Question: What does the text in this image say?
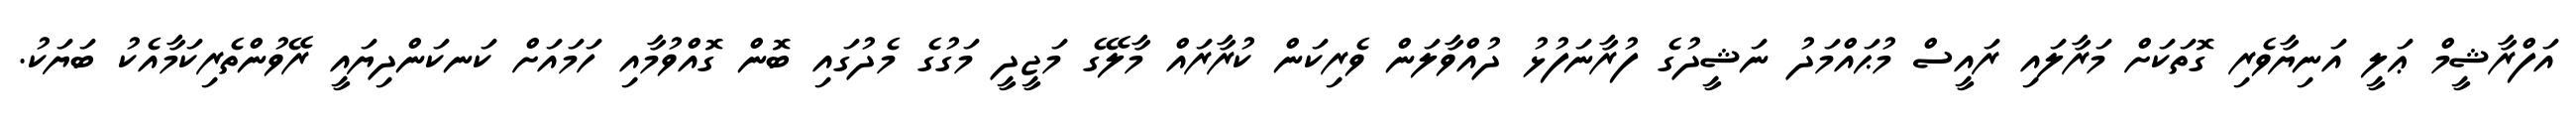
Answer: އަފްރާޝީމް ޢަލީ އަނިޔާވެރި ގޮތަކަށް މަރާލައި ރައީސް މުޙައްމަދު ނަޝީދުގެ ފުރާނަފުޅު ދުއްވާލަން ވެރިކަން ކުރާރައް މާލޭގެ މަޖީދީ މަގުގެ މެދުގައި ބޮން ގޮއްވުމާއި ހަމައަށް ކަނކަންދިޔައީ ރޭވުންތެރިކަމާއެކު ބަޔަކު.